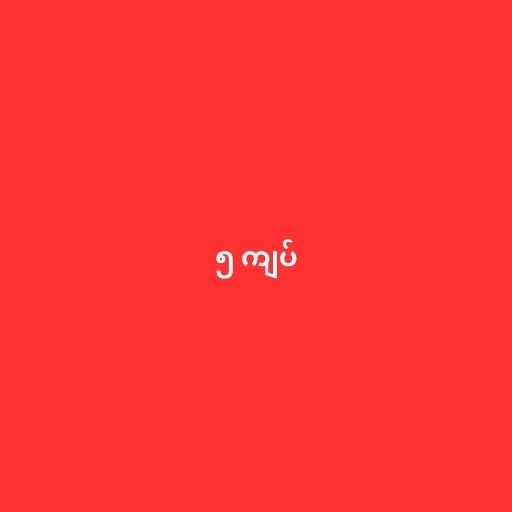
၅ ကျပ်